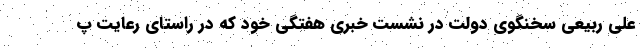
علی ربیعی سخنگوی دولت در نشست خبری هفتگی خود که در راستای رعایت پ